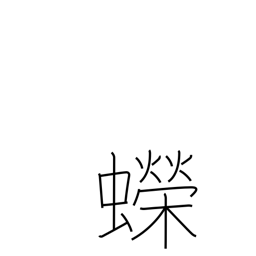
Meaning: newt